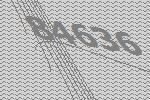
84636